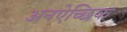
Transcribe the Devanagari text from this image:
अनऐच्छिक